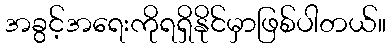
အခွင့်အရေးကိုရရှိနိုင်မှာဖြစ်ပါတယ်။